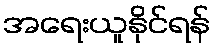
အရေးယူနိုင်ရန်